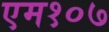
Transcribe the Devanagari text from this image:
एम१०७